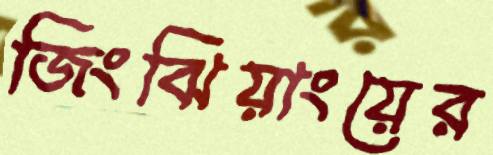
জিংঝিয়াংয়ের